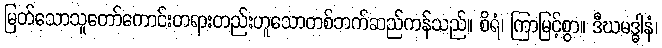
မြတ်သောသူတော်ကောင်းတရားတည်းဟူသောတစ်ဘက်ဆည်ကန်သည်။ စိရံ၊ ကြာမြင့်စွာ။ ဒီဃမဒ္ဓါနံ၊